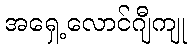
အရှေ့လောင်ဂျီကျု